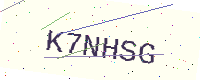
Text: K7NHSG